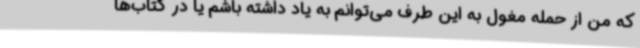
که من از حمله مغول به این طرف می‌توانم به یاد داشته باشم یا در کتاب‌ها